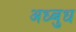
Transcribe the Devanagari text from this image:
अध्बुध